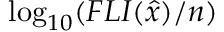
\log _ { 1 0 } ( F L I ( \hat { x } ) / n )